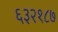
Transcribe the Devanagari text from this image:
६३२१८७